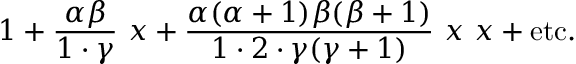
1 + { \frac { \alpha \beta } { 1 \cdot \gamma } } ~ x + { \frac { \alpha ( \alpha + 1 ) \beta ( \beta + 1 ) } { 1 \cdot 2 \cdot \gamma ( \gamma + 1 ) } } ~ x ~ x + { \mathrm { e t c . } }